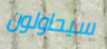
سيحاولون